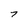
Character: 7